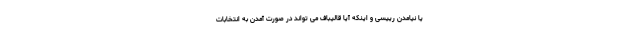
یا نیامدن رییسی و اینکه آیا قالیباف می تواند در صورت آمدن به انتخابات